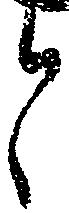
と